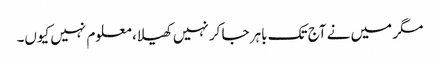
مگر میں نے آج تک باہر جا کر نہیں کھیلا، معلوم نہیں کیوں۔